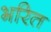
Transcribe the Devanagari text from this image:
भरित